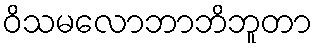
ဝိသမလောဘာဘိဘူတာ